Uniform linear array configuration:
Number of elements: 48
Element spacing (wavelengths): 1
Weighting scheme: kaiser
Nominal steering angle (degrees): -60
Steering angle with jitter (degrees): -61.257
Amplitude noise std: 0.05
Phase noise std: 0.05

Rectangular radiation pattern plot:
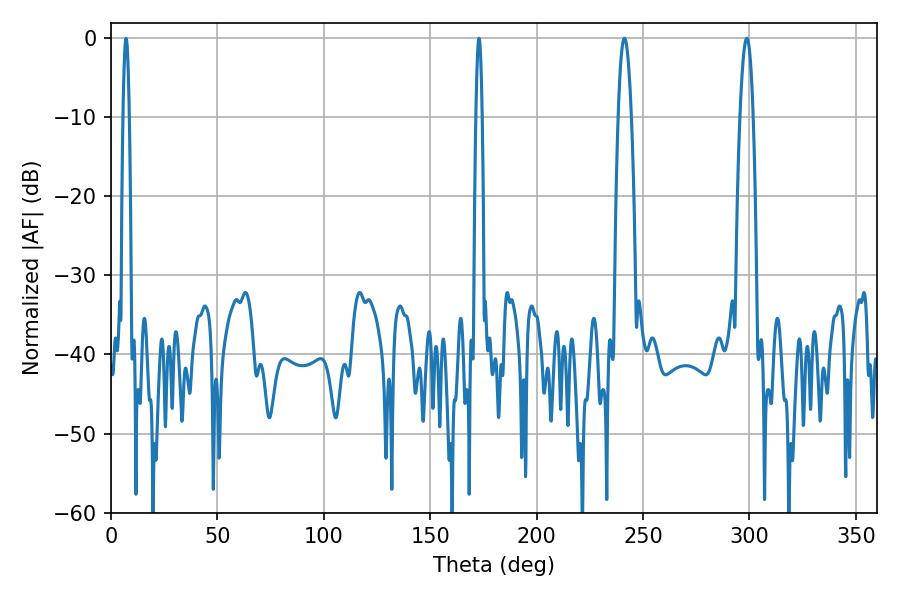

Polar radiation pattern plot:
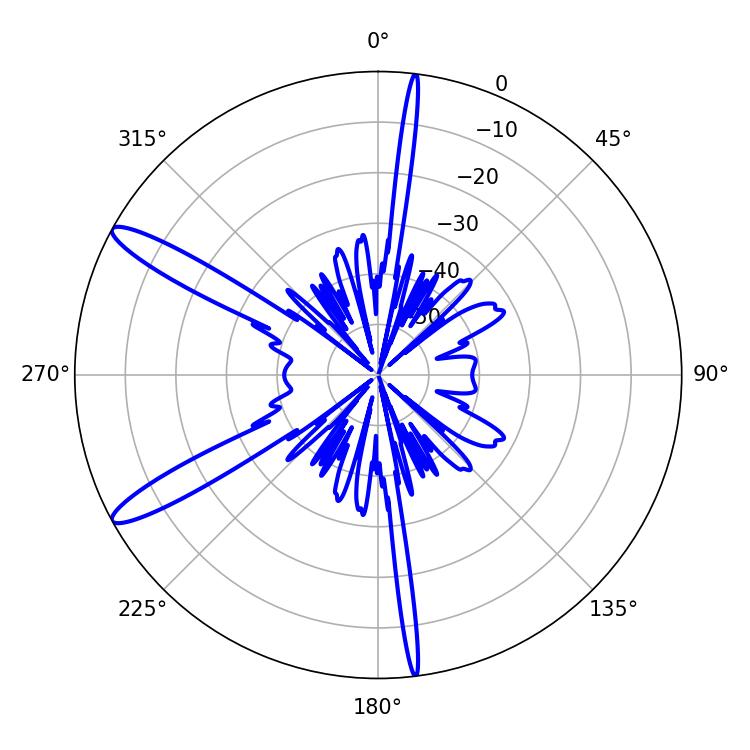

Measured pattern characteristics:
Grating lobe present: TRUE
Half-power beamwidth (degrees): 3.42
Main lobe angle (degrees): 241.2